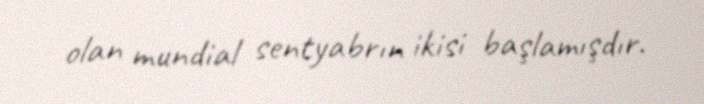
olan mundial sentyabrın ikisi başlamışdır.